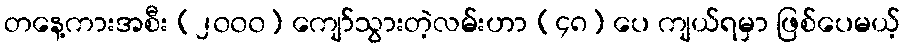
တနေ့ကားအစီး (၂၀၀၀) ကျော်သွားတဲ့လမ်းဟာ (၄၈) ပေ ကျယ်ရမှာ ဖြစ်ပေမယ့်